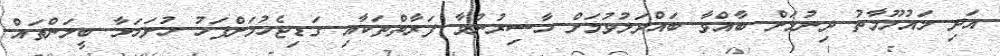
އަދި މައުލޫމާތު ދިނުމަށް ބާއްވާ ބައްދަލުވުމަށް ހާސިރުނުވާ ފަރާތްތަކާއި ގަޑިޖެހުމަށްފަހު ހުށަހަޅާ ބީލަންތައް